Lunatic asylums Madras 1877-1891 - 1877-1891
Year: 1877
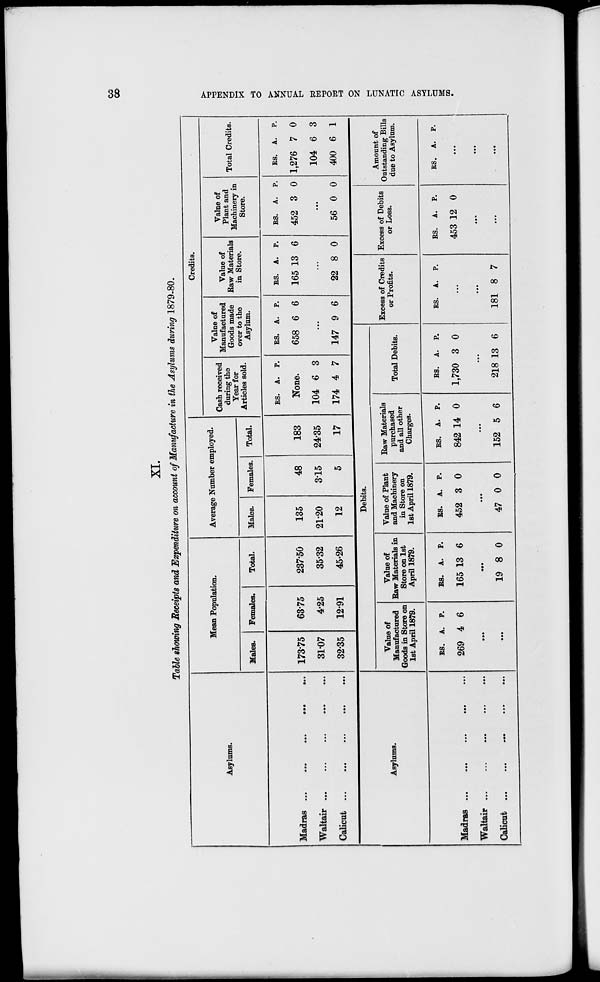
38
APPENDIX TO ANNUAL REPORT ON LUNATIC ASYLUMS.
XI.
Table showing Receipts and Expenditure on account of Manufacture in the Asylums during 1879-80.
Asylums.
Madras
...
...
...
...
...
Waltair ... ... ... ... ...
Calicut
...
...
...
...
...
Asylums.
Madras ... ... ... ... ...
Waltair
...
...
...
...
...
Calicut ... ... ... ... ...
Mean Population.
Males.
173.75
31.07
32.35
Females.
63.75
4.25
12.91
Total.
237.50
35.32
45.26
Average Number employed.
Males.
135
21.20
12
Females.
48
3.15
5
Total.
183
24.35
17
Credits.
Cash received
during the
Year for
Articles sold.
RS.
A. P.
None.
104
174
6
4
3
7
Value of
Manufactured
Goods made
over to the
Asylum.
RS.
658
A.
6
P.
6
...
147
Debits.
Value of
Manufactured
Goods in Store on
1st April 1879.
RS.
269
A.
4
P.
6
...
...
Value of
Raw Materials in
Store on 1st
April 1879.
RS.
165
A.
13
P.
6
...
19 8 0
Value of Plant
and Machinery
in Store on
1st April 1879.
RS.
452
A.
3
P.
0
...
47 0 0
Raw Materials
purchased
and all other
Charges.
RS.
842
A.
14
P.
0
...
152 5 6
Total Debits.
RS.
1,730
A.
3
P.
0
...
218 13
6
9 6
Value of
Raw Materials
in Store.
RS.
165
A.
13
P.
6
...
22 8
Excess of Credits
or Profits.
RS.
A.
P.
...
...
181 8 7
0
Value of
Plant and
Machinery in
Store.
RS.
452
A.
3
P.
0
...
56 0 0
Excess of Debits
or Loss.
RS.
453
A.
12
P.
0
...
...
Total Credits.
RS.
1,276
104
400
A.
7
6
6
P.
0
3
1
Amount of
Outstanding Bills
due to Asylum.
RS.
A. P.
...
...
...